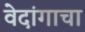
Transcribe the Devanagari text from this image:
वेदांगाचा